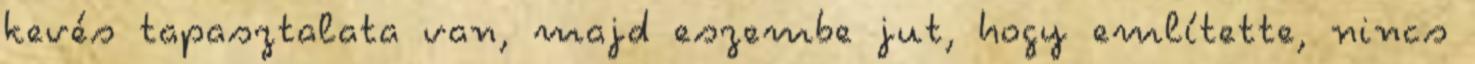
kevés tapasztalata van, majd eszembe jut, hogy említette, nincs